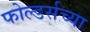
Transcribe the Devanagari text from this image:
फोल्डर्सच्या